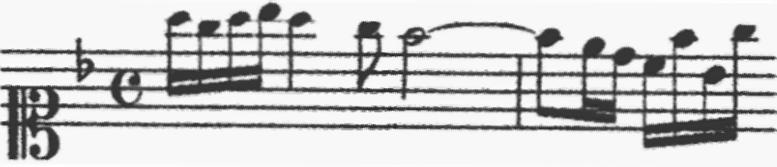
Transcription: clef-C1 keySignature-FM timeSignature-C note-A5_sixteenth note-G5_sixteenth note-A5_sixteenth note-Bb5_sixteenth note-A5_quarter note-G5_eighth note-F5_half tie barline note-F5_eighth note-E5_sixteenth note-D5_sixteenth note-C5_sixteenth note-F5_sixteenth note-Bb4_sixteenth note-G5_sixteenth